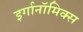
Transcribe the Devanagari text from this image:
इर्गानॉमिक्स